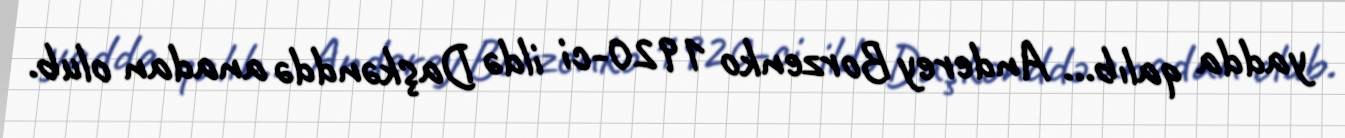
yadda qalıb... Anderey Borzenko 1920-ci ildə Daşkənddə anadan olub.